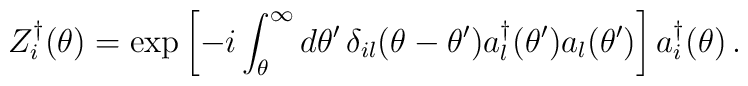
Z_{i}^{\dagger }(\theta )=\exp \left[ -i\int_{\theta }^{\infty }d\theta^{\prime }\,\delta _{il}(\theta -\theta ^{\prime })a_{l}^{\dagger }(\theta^{\prime })a_{l}(\theta ^{\prime })\right] a_{i}^{\dagger }(\theta )\,.